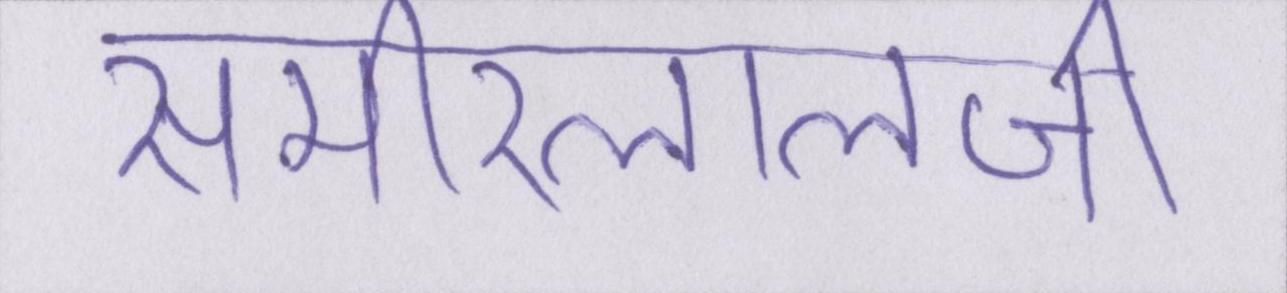
समीरलालजी